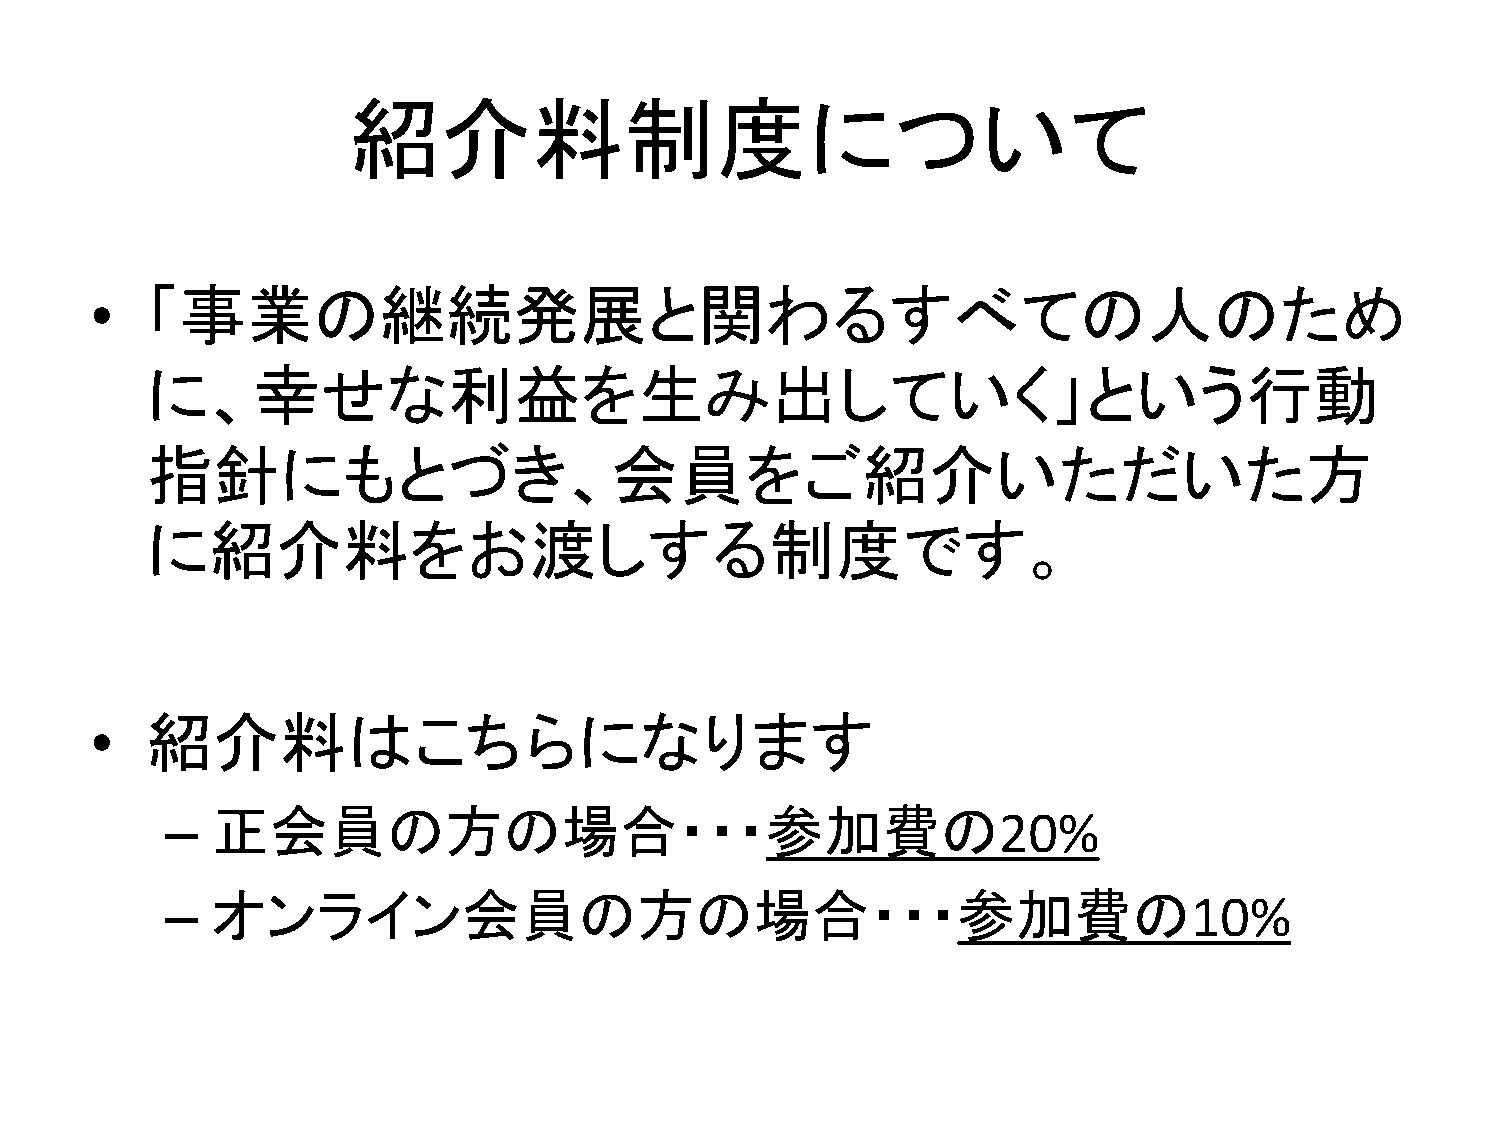
紹介料制度について
 •   「事業の継続発展と関わるすべての人のため
 に、幸せな利益を生み出していく」という行動
 指針にもとづき、会員をご紹介いただいた方
 に紹介料をお渡しする制度です。
 •   紹介料はこちらになります
 –  正会員の方の場合・・・参加費の                                     20%
 –  オンライン会員の方の場合・・・参加費の                                              10%